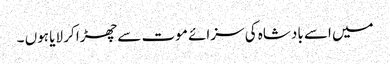
میں اسے بادشاہ کی سزائے موت سے چھڑا کر لایا ہوں ۔